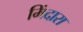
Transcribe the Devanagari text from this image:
मिंदारा